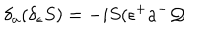
\delta _ { a } ( \delta _ { \epsilon } S ) = - i S ( \epsilon ^ { + } a ^ { - } \mathcal { Q }